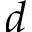
d